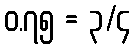
၀.၇၅ = ၃/၄